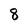
Character: 8